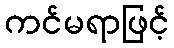
ကင်မရာဖြင့်